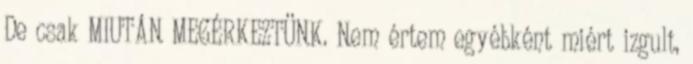
De csak MIUTÁN MEGÉRKEZTÜNK. Nem értem egyébként miért izgult,